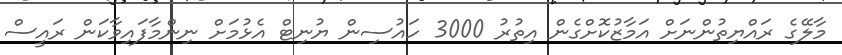
މާލޭގެ ރައްޔިތުންނަށް އަމާޒުކޮށްގެން އިތުރު 3000 ހައުސިން ޔުނިޓް އެޅުމަށް ނިންމާފައިވާކަން ރައީސް